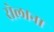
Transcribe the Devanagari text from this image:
रोलाना